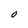
Character: O